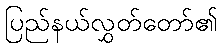
ပြည်နယ်လွှတ်တော်၏